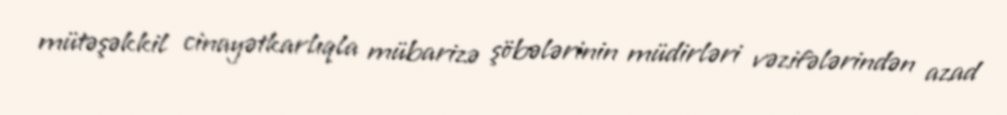
mütəşəkkil cinayətkarlıqla mübarizə şöbələrinin müdirləri vəzifələrindən azad